Lunatic asylums United Provinces 1909-1921 - 1909-1921
Year: 1909
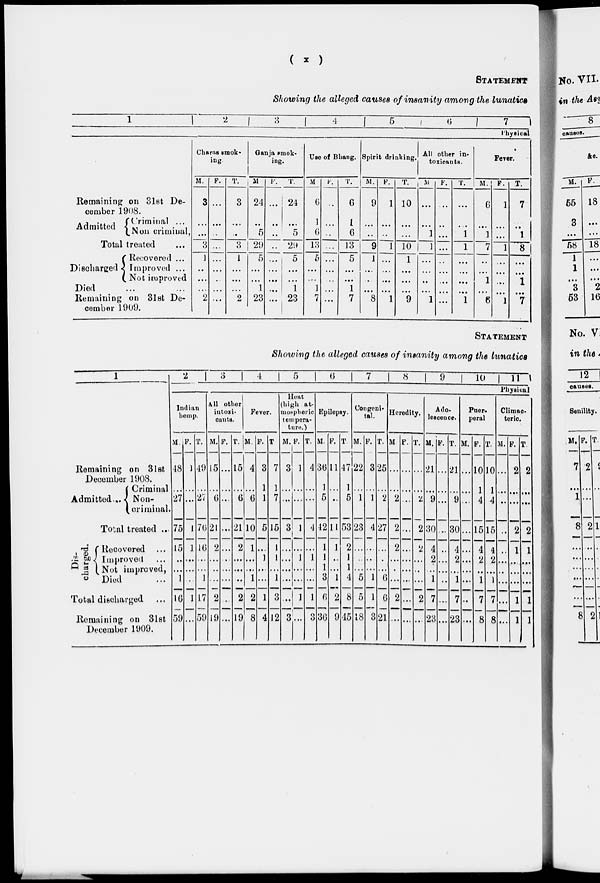
(
x
)
STATEMENT
Showing the alleged causes of insanity among the lunatics
1
2
3
4
5
6
Remaining on 31st De-
cember 1908.
Admitted
Criminal ...
Non criminal,
Total treated
Discharged
Recovered ...
Improved ...
Not improved
Died ... ...
Remaining on 31st De-
cember 1909.
Charas smok-
ing.
M.
3
...
...
3
1
...
...
...
2
F.
...
...
...
...
...
...
...
...
...
T.
3
...
...
3
1
...
...
...
2
Ganja smok¬
ing.
M.
24
...
5
29
5
...
...
1
23
F.
...
...
...
...
...
...
...
...
...
T.
24
...
5
29
5
...
...
1
23
Use of Bhang.
M.
6
1
6
13
5
...
...
1
7
F.
...
...
...
...
...
...
...
...
...
T.
6
1
6
13
5
...
...
1
7
Spirit drinking.
M.
9
...
...
9
1
...
...
...
8
F.
1
...
...
1
...
...
. ...
...
1
T.
10
...
...
10
1
...
...
...
9
All other in-
toxicants.
M.
...
...
1
1
...
...
...
...
1
F.
...
...
...
...
...
...
...
...
...
T.
...
...
1
1
...
...
...
...
1
7
Physical
Fever.
M.
6
...
1
7
...
...
1
...
6
F.
1
...
...
1
...
...
...
...
1
T.
7
...
1
8
...
...
1
...
7
STATEMENT
Showing the alleged causes of insanity among the lunatice
1
Remaining on 3lst
December 1908.
Admitted
Criminal
Non¬
criminal.
Total treated ...
Recovered...
Improved...
Not improved,
Died ...
Total discharged...
Remaining on 31st
December 1909.
2
3
4
5
6
7
8
9
10
11
Physical
Indian
hemp.
M.
48
...
27
75
15
...
...
1
16
59
F.
1
...
...
1
1
...
...
...
1
...
T.
49
...
27
76
16
...
...
1
17
59
All other
intoxi-
cants.
M.
15
...
6
21
2
...
...
...
2
19
F.
...
...
...
...
...
...
...
...
...
...
T.
15
...
6
21
2
...
...
...
2
19
Fever.
M.
4
...
6
10
1
...
...
1
2
8
F.
3
1
1
5
...
1
...
...
1
4
T
7
1
7
15
1
1
...
1
3
12
Heat
(high at-
mospheric
tempera¬
ture.)
M.
3
...
...
3
...
...
...
...
...
3
F.
1
...
...
1
...
1
...
...
1
...
T.
4
...
...
4
...
1
...
...
1
3
Epilepsy.
M.
36
1
5
12
1
1
1
3
6
36
F.
11
...
...
11
1
...
...
1
2
9
T.
47
1
5
53
2
1
1
4
8
45
Congeni-
tal.
M.
22
...
1
23
...
...
...
5
5
18
F.
3
...
1
4
...
...
...
1
1
3
T.
25
...
2
27
...
...
...
6
6
21
Heredity.
M
...
...
2
2
2
...
...
...
2
...
F.
...
...
...
...
...
...
...
...
...
...
T.
...
...
2
2
2
...
...
...
2
...
Ado¬
lescence.
M.
21
...
9
30
4
2
...
1
7
23
F.
...
...
...
...
...
...
...
...
...
...
T.
21
...
9
30
4
2
...
1
7
23
Puer¬
peral
M.
...
...
...
...
...
...
...
...
...
...
F.
10
1
4
15
4
2
...
1
7
8
T.
10
1
4
15
4
2
...
1
7
8
Climac-
teric.
M.
...
...
...
...
...
...
...
...
...
...
F.
2
...
...
2
1
...
...
...
1
1
T.
2
...
...
2
1
...
...
...
1
1